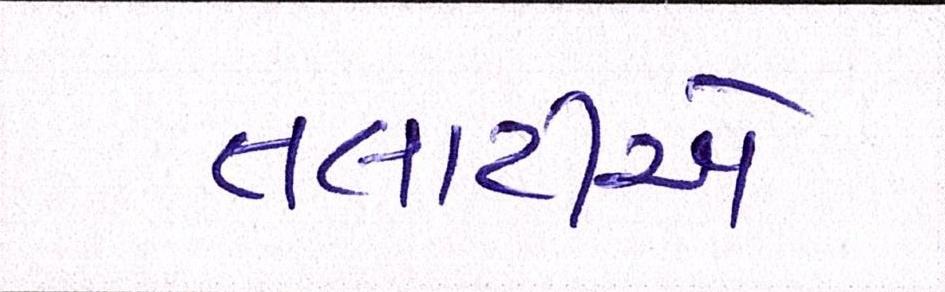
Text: તલાટીએ